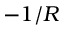
- 1 / R